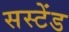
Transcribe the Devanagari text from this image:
सस्टेंड